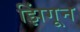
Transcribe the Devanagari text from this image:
झिंगून